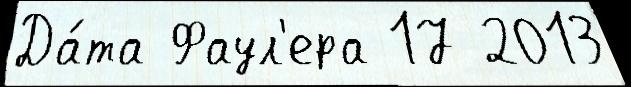
Да́та Фаул'ера 17 2013